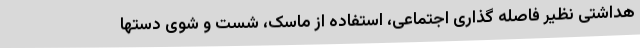
هداشتی نظیر فاصله گذاری اجتماعی، استفاده از ماسک، شست و شوی دستها